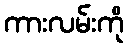
ကားလမ်းကို